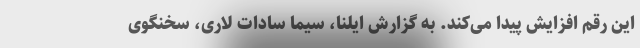
این رقم افزایش پیدا می‌کند. به گزارش ایلنا، سیما سادات لاری، سخنگوی